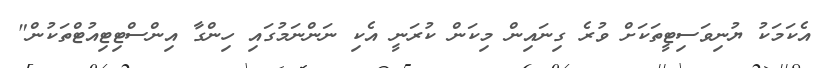
އެކަމަކު ޔުނިވަސިޓީތަކަށް ވުރެ ގިނައިން މިކަން ކުރަނީ އެކި ނަންނަމުގައި ހިންގާ އިންސްޓިޓިއުޓްތަކުން"